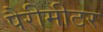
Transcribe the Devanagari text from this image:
पैरीमीटर